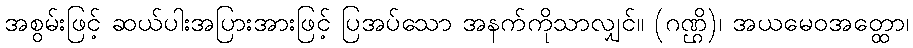
အစွမ်းဖြင့် ဆယ်ပါးအပြားအားဖြင့် ပြအပ်သော အနက်ကိုသာလျှင်။ (ဂဏ္ဌိ)၊ အယမေဝအတ္ထော၊